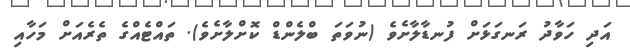
އަދި ހަވާދު ރަނގަޅަށް ފުނޑާލާށެވެ (ނުވަތަ ބްލެންޑް ކޮށްލާށެވެ). ތައްޓެއްގެ ތެރެއަށް މަހާއި